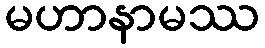
မဟာနာမဿ